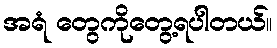
အရံ တွေကိုတွေ့ရပါတယ်။